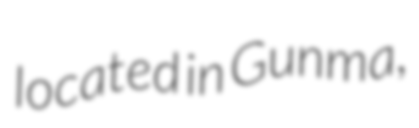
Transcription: located in Gunma,